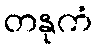
တနုကံ